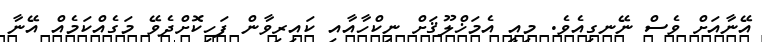
އޭނާއަށް ވެސް ނޭނގިއެވެ. މިއީ އެމަޚްލޫޤަށް ނިކްހާއާއި ކައިރިވާން ފަހިކޮށްދެވޭ މަގެއްކަމެއް އޭނާ